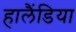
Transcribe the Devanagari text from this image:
हालैंडिया